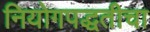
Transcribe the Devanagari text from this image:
नियोगपद्धतीचा